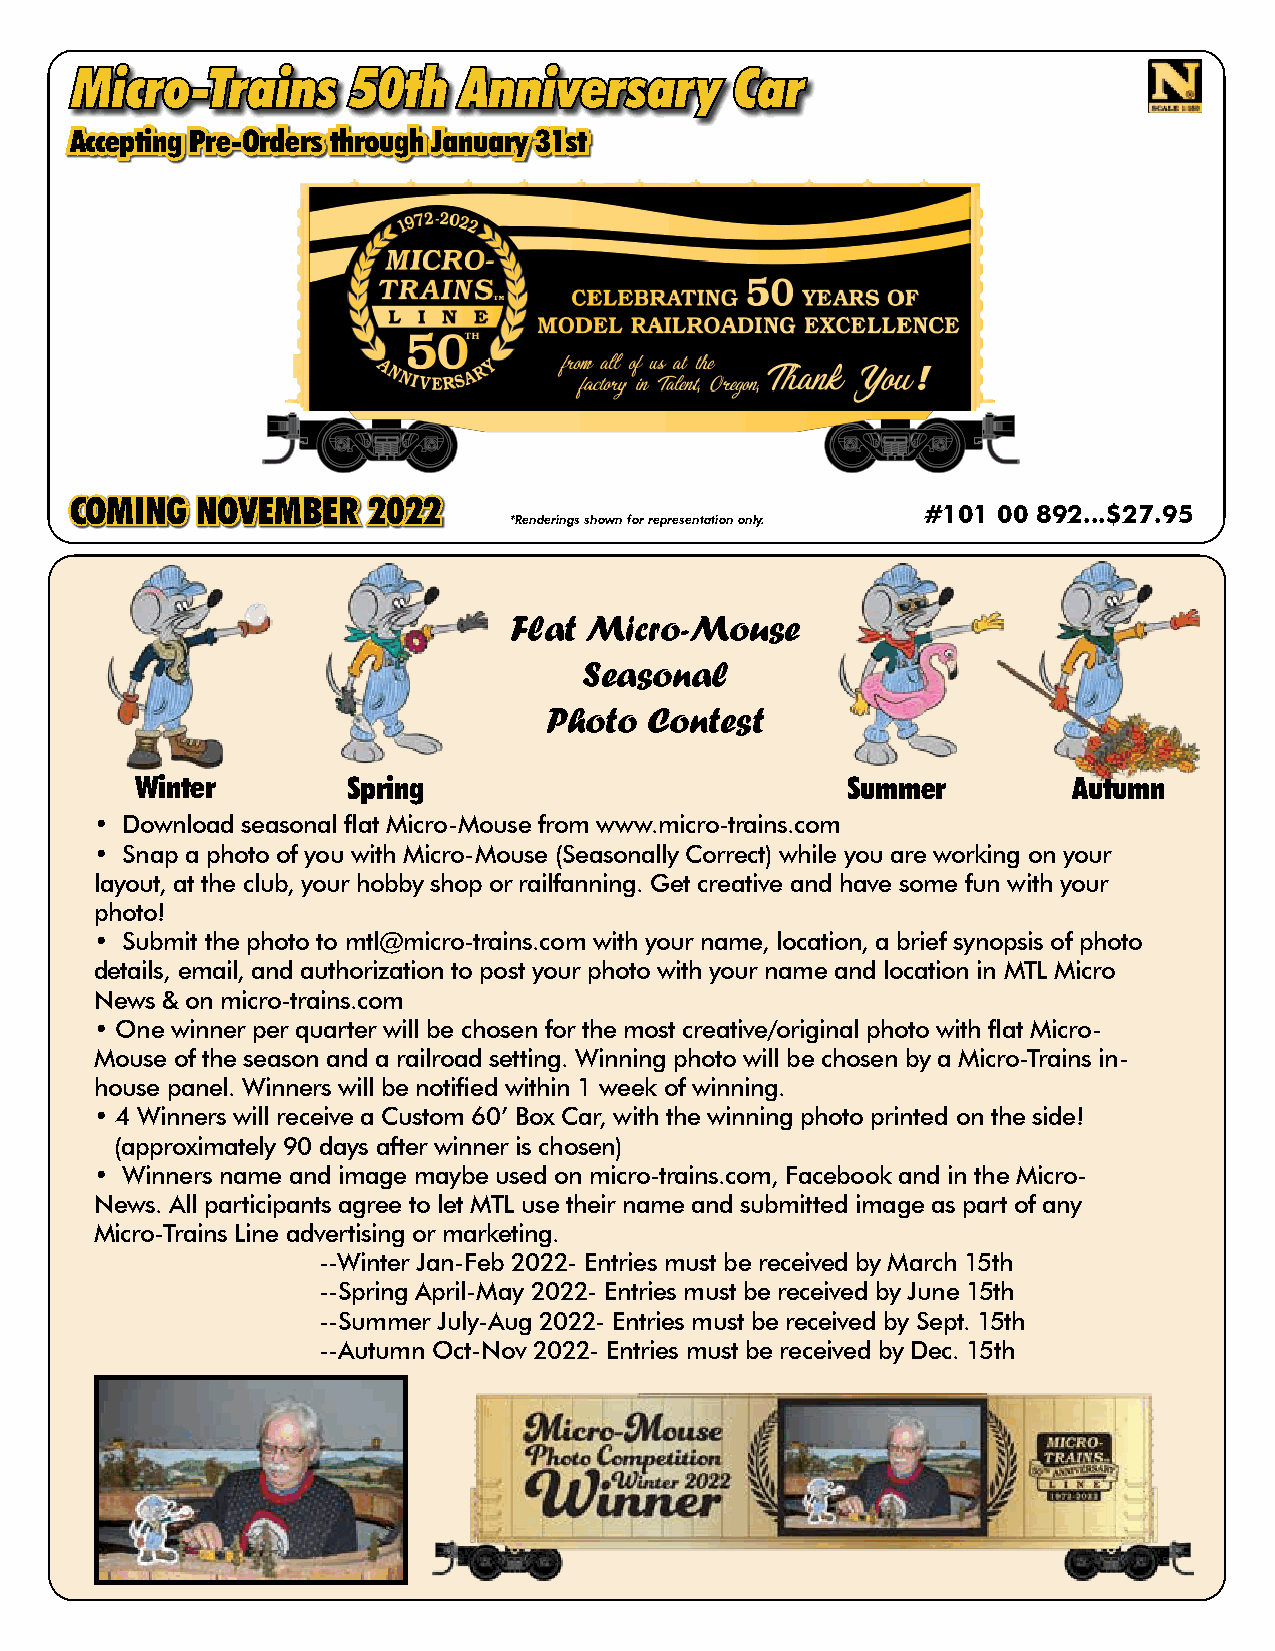
MMiiccrroo--TTrraaiinnss 5500tthh AAnnnniivveerrssaarryy CCaarr
 AAcccceeppttiinngg PPrree--OOrrddeerrss tthhrroouugghh JJaannuuaarryy 3311sstt
 CCOOMMIINNGG NNOOVVEEMMBBEERR 22002222
 #101 00 892...$27.95
 *Renderings shown for representation only.
 Flat Micro-Mouse
 Seasonal
 Photo  Contest
 Winter        Spring                           Summer         Autumn
 • Download seasonal flat Micro-Mouse from www.micro-trains.com
 • Snap a photo of you with Micro-Mouse (Seasonally Correct) while you are working on your
 layout, at the club, your hobby shop or railfanning. Get creative and have some fun with your
 photo!
 • Submit the photo to mtl@micro-trains.com with your name, location, a brief synopsis of photo
 details, email, and authorization to post your photo with your name and location in MTL Micro
 News & on micro-trains.com
 • One winner per quarter will be chosen for the most creative/original photo with flat Micro-
 Mouse of the season and a railroad setting. Winning photo will be chosen by a Micro-Trains in-
 house panel. Winners will be notified within 1 week of winning.
 • 4 Winners will receive a Custom 60’ Box Car, with the winning photo printed on the side!
 (approximately 90 days after winner is chosen)
 • Winners name and image maybe used on micro-trains.com, Facebook and in the Micro-
 News. All participants agree to let MTL use their name and submitted image as part of any
 Micro-Trains Line advertising or marketing.
 --Winter Jan-Feb 2022- Entries must be received by March 15th
 --Spring April-May 2022- Entries must be received by June 15th
 --Summer July-Aug 2022- Entries must be received by Sept. 15th
 --Autumn Oct-Nov 2022- Entries must be received by Dec. 15th